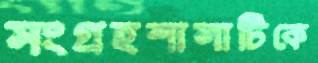
সংগ্রহশালাটিকে